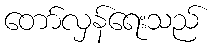
တော်လှန်ရေးသည်